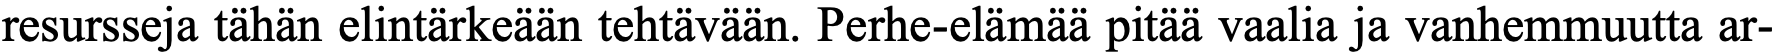
resursseja tähän elintärkeään tehtävään. Perhe-elämää pitää vaalia ja vanhemmuutta ar-